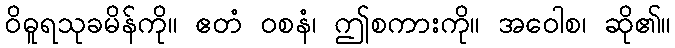
ဝိဓူရသုခမိန်ကို။ ဧတံ ဝစနံ၊ ဤစကားကို။ အဝေါစ၊ ဆို၏။